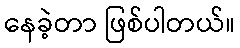
နေခဲ့တာ ဖြစ်ပါတယ်။